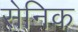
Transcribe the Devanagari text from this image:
सेनिक